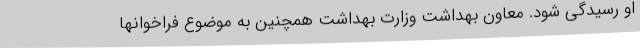
او رسیدگی شود. معاون بهداشت وزارت بهداشت همچنین به موضوع فراخوانها